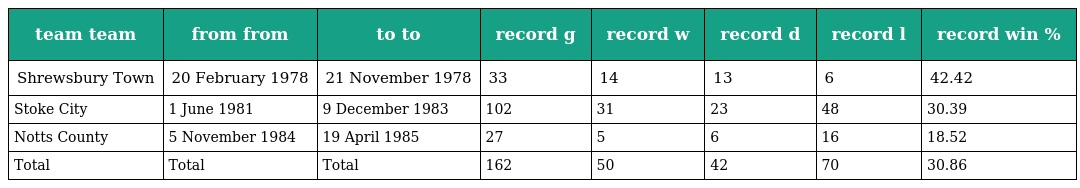
| team team | from from | to to | record g | record w | record d | record l | record win % |
 | --- | --- | --- | --- | --- | --- | --- | --- |
 | Shrewsbury Town | 20 February 1978 | 21 November 1978 | 33 | 14 | 13 | 6 | 42.42 |
 | Stoke City | 1 June 1981 | 9 December 1983 | 102 | 31 | 23 | 48 | 30.39 |
 | Notts County | 5 November 1984 | 19 April 1985 | 27 | 5 | 6 | 16 | 18.52 |
 | Total | Total | Total | 162 | 50 | 42 | 70 | 30.86 |